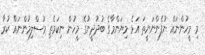
މި މީހުންނައް ނުފެންނަނީތަ އަޅެ މިޔަންމާގެ ބުދުދީނުގެ މީހުން ނިކަމެތި މުސްލިމުންނައް ކުރާ